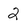
Character: 2